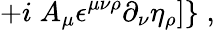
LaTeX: \left.+i\; A_{\mu}\epsilon^{\mu\nu\rho}\partial_{\nu}\eta_{\rho}]\right\} \; ,